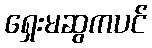
ရှေးမဆွကပင်